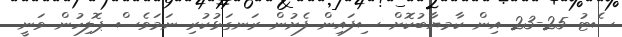
ސެޓު 25-23 އިން ކާމޔާބުކޮށް ސިފައިން ފެށުން ރަނގަޅުކުރި ނަމަވެސް ޕޮލިހުން ވަނީ